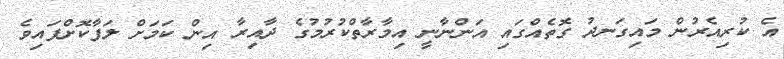
އެ ކުރިއެރުން މައިގަނދު ގޮތެއްގައި އަންނާނީ އިމާރާތްކުރުމުގެ ދާއިރާ އިން ކަމަށް ލަފާކޮށްފައިވެ